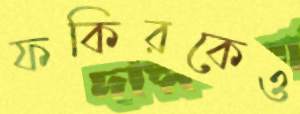
ফকিরকেও